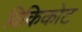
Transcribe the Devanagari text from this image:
विकिकोट